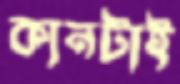
কানটাই